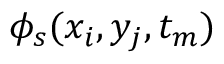
\phi _ { s } ( x _ { i } , y _ { j } , t _ { m } )